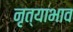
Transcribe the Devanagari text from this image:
नृत्याभाव